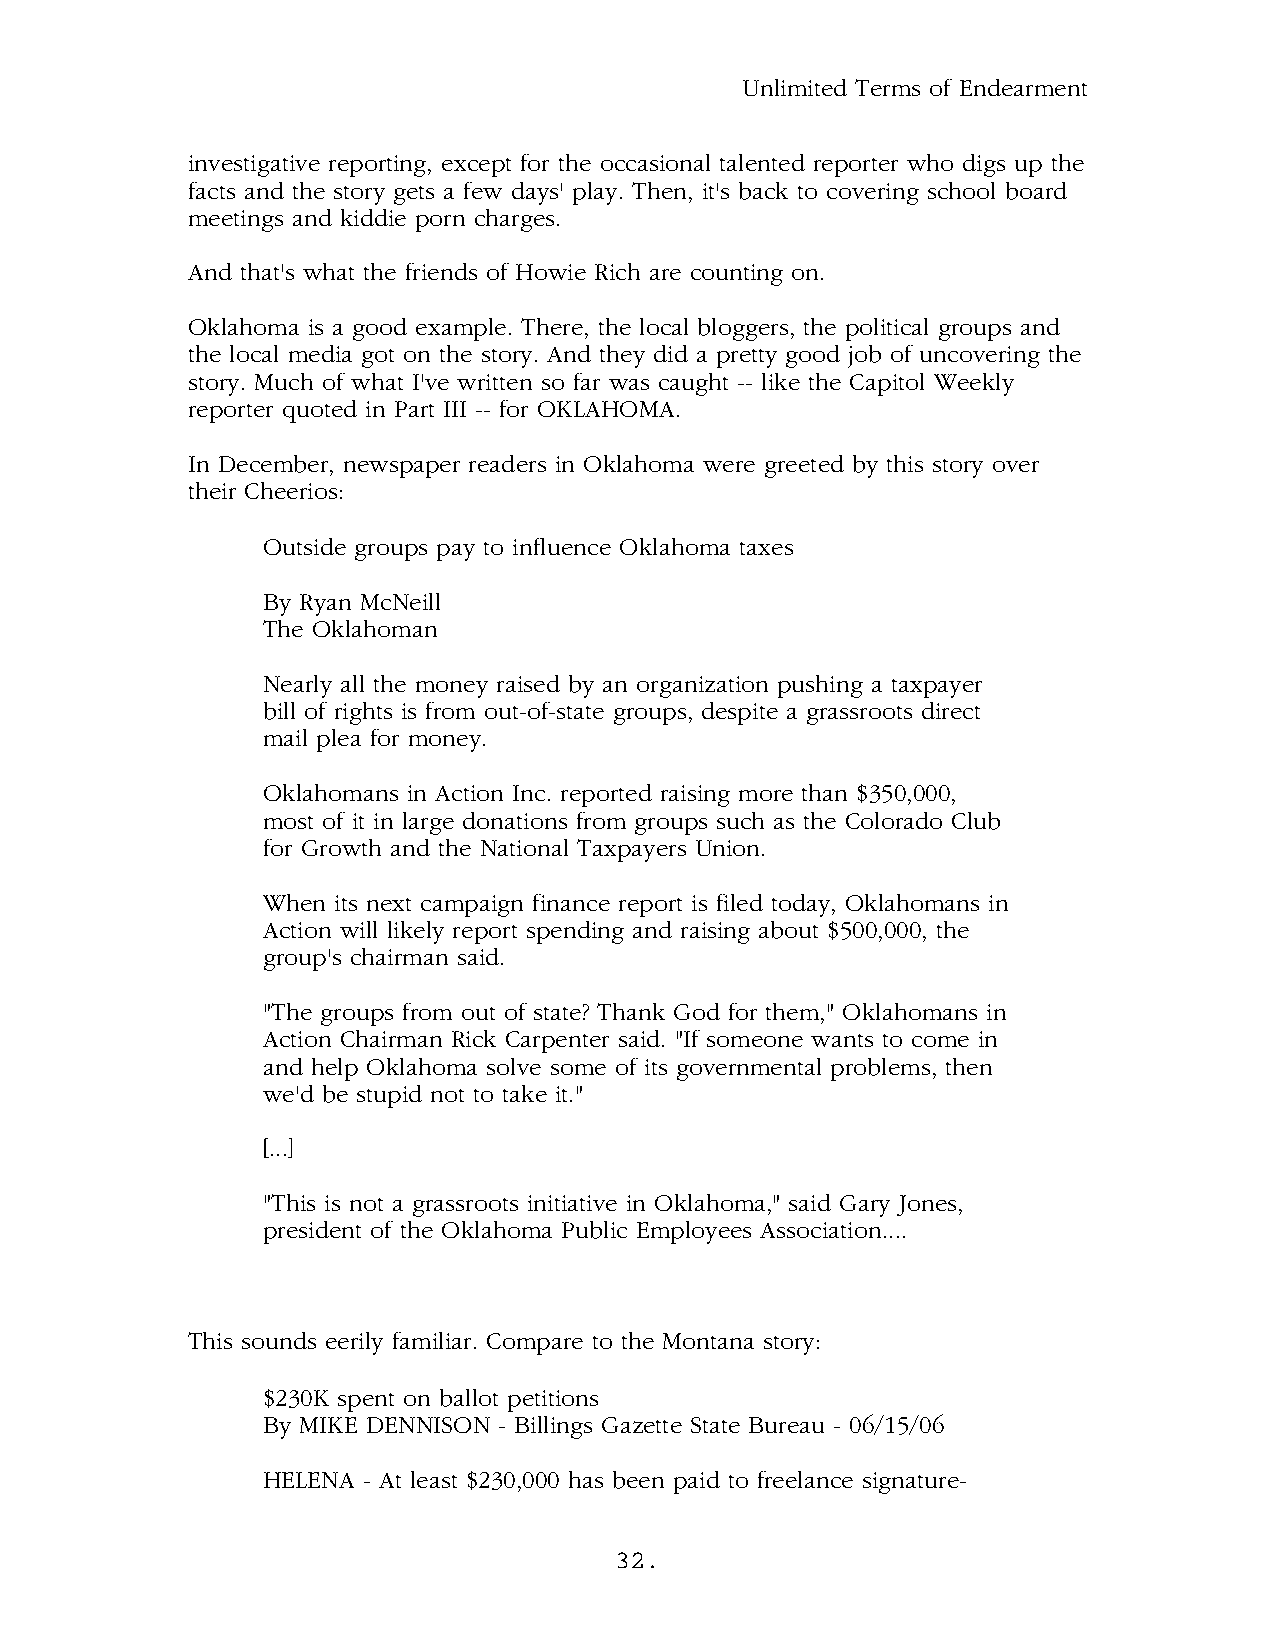
Unlimited Terms of Endearment
 investigative reporting, except for the occasional talented reporter who digs up the
 facts and the story gets a few days' play. Then, it's back to covering school board
 meetings and kiddie porn charges.
 And that's what the friends of Howie Rich are counting on.
 Oklahoma is a good example. There, the local bloggers, the political groups and
 the local media got on the story. And they did a pretty good job of uncovering the
 story. Much of what I've written so far was caught -- like the Capitol Weekly
 reporter quoted in Part III -- for OKLAHOMA.
 In December, newspaper readers in Oklahoma were greeted by this story over
 their Cheerios:
 Outside groups pay to influence Oklahoma taxes
 By Ryan McNeill
 The Oklahoman
 Nearly all the money raised by an organization pushing a taxpayer
 bill of rights is from out-of-state groups, despite a grassroots direct
 mail plea for money.
 Oklahomans in Action Inc. reported raising more than $350,000,
 most of it in large donations from groups such as the Colorado Club
 for Growth and the National Taxpayers Union.
 When its next campaign finance report is filed today, Oklahomans in
 Action will likely report spending and raising about $500,000, the
 group's chairman said.
 "The groups from out of state? Thank God for them," Oklahomans in
 Action Chairman Rick Carpenter said. "If someone wants to come in
 and help Oklahoma solve some of its governmental problems, then
 we'd be stupid not to take it."
 [...]
 "This is not a grassroots initiative in Oklahoma," said Gary Jones,
 president of the Oklahoma Public Employees Association....
 This sounds eerily familiar. Compare to the Montana story:
 $230K spent on ballot petitions
 By MIKE DENNISON - Billings Gazette State Bureau - 06/15/06
 HELENA - At least $230,000 has been paid to freelance signature-
 32.